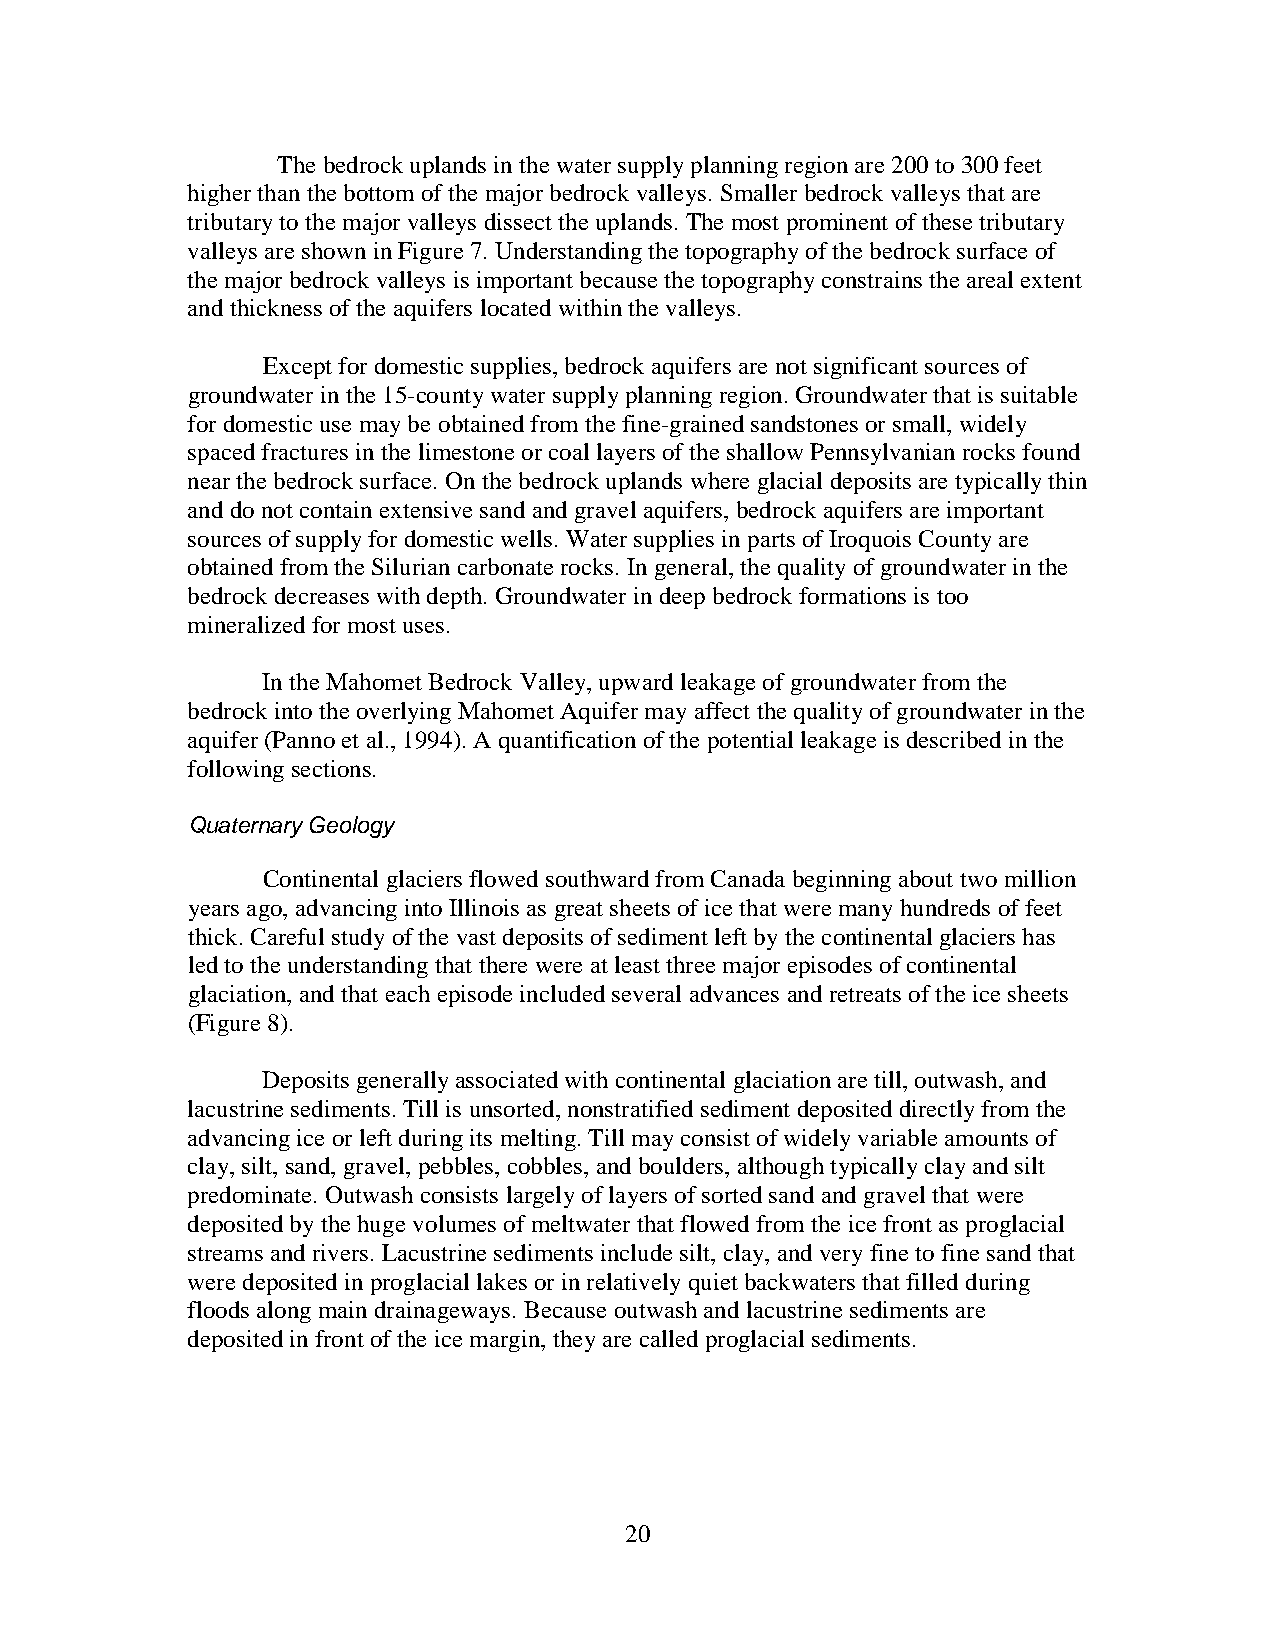
The bedrock uplands in the water supply planning region are 200 to 300 feet
 higher than the bottom of the major bedrock valleys. Smaller bedrock valleys that are
 tributary to the major valleys dissect the uplands. The most prominent of these tributary
 valleys are shown in Figure 7. Understanding the topography of the bedrock surface of
 the major bedrock valleys is important because the topography constrains the areal extent
 and thickness of the aquifers located within the valleys.
 Except for domestic supplies, bedrock aquifers are not significant sources of
 groundwater in the 15-county water supply planning region. Groundwater that is suitable
 for domestic use may be obtained from the fine-grained sandstones or small, widely
 spaced fractures in the limestone or coal layers of the shallow Pennsylvanian rocks found
 near the bedrock surface. On the bedrock uplands where glacial deposits are typically thin
 and do not contain extensive sand and gravel aquifers, bedrock aquifers are important
 sources of supply for domestic wells. Water supplies in parts of Iroquois County are
 obtained from the Silurian carbonate rocks. In general, the quality of groundwater in the
 bedrock decreases with depth. Groundwater in deep bedrock formations is too
 mineralized for most uses.
 In the Mahomet Bedrock Valley, upward leakage of groundwater from the
 bedrock into the overlying Mahomet Aquifer may affect the quality of groundwater in the
 aquifer (Panno et al., 1994). A quantification of the potential leakage is described in the
 following sections.
 Quaternary Geology
 Continental glaciers flowed southward from Canada beginning about two million
 years ago, advancing into Illinois as great sheets of ice that were many hundreds of feet
 thick. Careful study of the vast deposits of sediment left by the continental glaciers has
 led to the understanding that there were at least three major episodes of continental
 glaciation, and that each episode included several advances and retreats of the ice sheets
 (Figure 8).
 Deposits generally associated with continental glaciation are till, outwash, and
 lacustrine sediments. Till is unsorted, nonstratified sediment deposited directly from the
 advancing ice or left during its melting. Till may consist of widely variable amounts of
 clay, silt, sand, gravel, pebbles, cobbles, and boulders, although typically clay and silt
 predominate. Outwash consists largely of layers of sorted sand and gravel that were
 deposited by the huge volumes of meltwater that flowed from the ice front as proglacial
 streams and rivers. Lacustrine sediments include silt, clay, and very fine to fine sand that
 were deposited in proglacial lakes or in relatively quiet backwaters that filled during
 floods along main drainageways. Because outwash and lacustrine sediments are
 deposited in front of the ice margin, they are called proglacial sediments.
 20